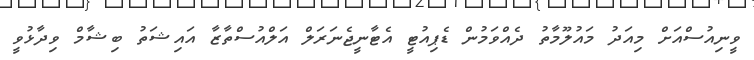
ވީނިއުސްއަށް މިއަދު މައުލޫމާތު ދެއްވަމުން ޑެޕިއުޓީ އެޓާނީޖެނަރަލް އަލްއުސްތާޒާ އައިޝަތު ބިޝާމް ވިދާޅުވީ